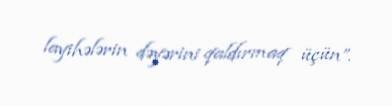
layihələrin dəyərini qaldırmaq üçün”.